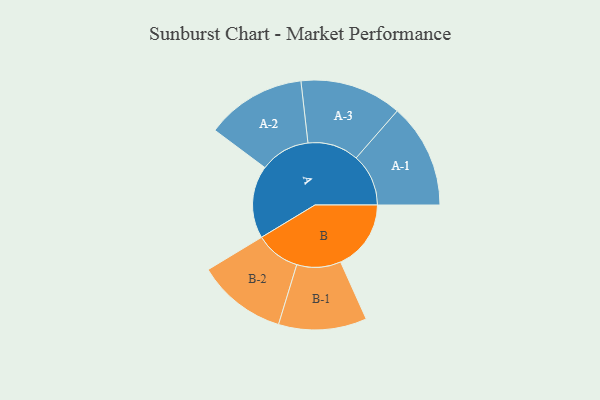
{"axis": {"x": "Segment", "y": "Value"}, "legend": ["", "A", "B"], "data": [{"x": "A", "y": 389, "type": ""}, {"x": "B", "y": 377, "type": ""}, {"x": "A-1", "y": 280, "type": "A"}, {"x": "A-2", "y": 268, "type": "A"}, {"x": "A-3", "y": 273, "type": "A"}, {"x": "B-1", "y": 236, "type": "B"}, {"x": "B-2", "y": 240, "type": "B"}]}